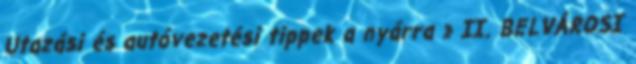
Utazási és autóvezetési tippek a nyárra » II. BELVÁROSI